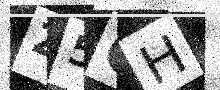
Text: Z5CH